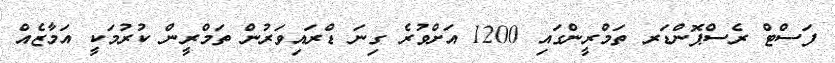
ފަސްޓް ރެސްޕޮންޑަރ ތަމްރީންގައި 1200 އަށްވުރެ ގިނަ ޑްރައިވަރުން ތަމްރީން ކުރުމަކީ އަމާޒެއް